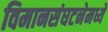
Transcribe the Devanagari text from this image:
विमानसंघटनेमध्ये